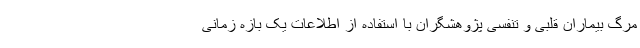
مرگ بیماران قلبی و تنفسی پژوهشگران با استفاده از اطلاعات یک بازه زمانی